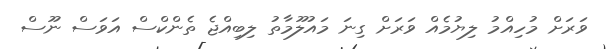
ވަރަށް މުހިއްމު ލިޔުމެއް ވަރަށް ގިނަ މައުލޫމާތު ލިބިއްޖެ ތެންކްސް އަވަސް ނޫސް